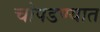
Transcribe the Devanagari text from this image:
चोपडण्यात